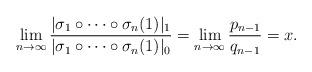
LaTeX: \begin{align*}\lim_{n\to\infty} \frac{|\sigma_1 \circ \cdots \circ\sigma_n(1)|_1}{|\sigma_1 \circ \cdots \circ\sigma_n(1)|_0} =\lim_{n\to\infty} \frac{p_{n-1}}{q_{n-1}}=x.\end{align*}